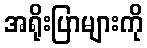
အရိုးပြာများကို